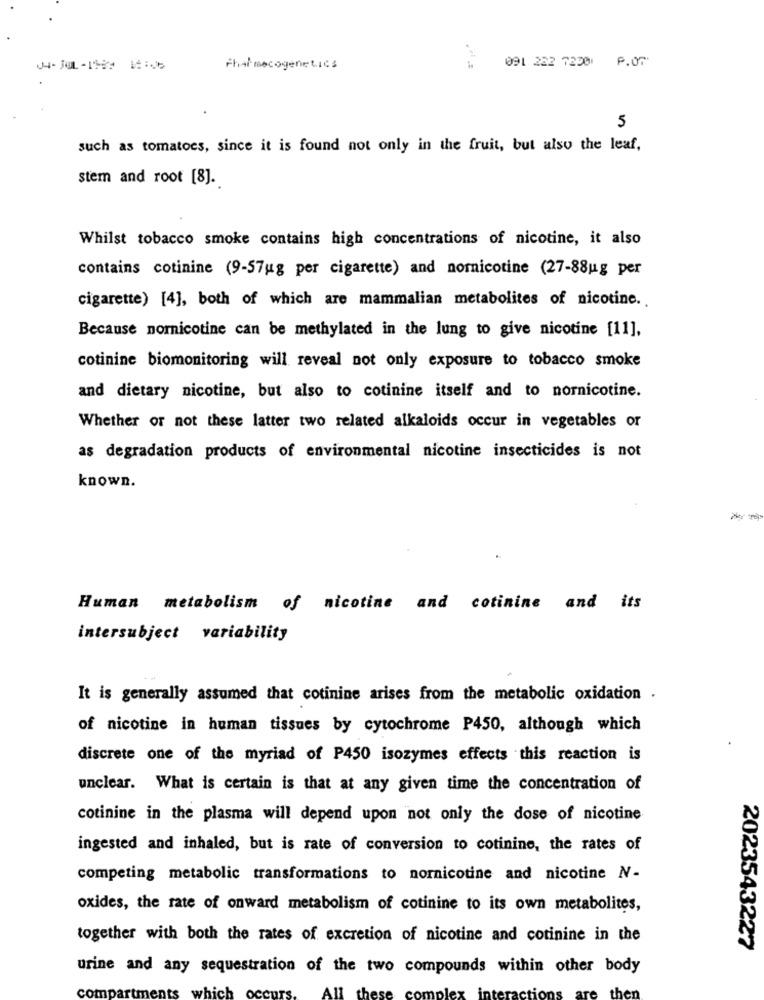
091 282 7250 P.00
Pharmacogenetics
5
such as tomatoes, since it is found not only in the fruit, but also the leaf,
stem and root [8].
Whilst tobacco smoke contains high concentrations of nicotine, it also
contains cotinine (9-57ug per cigarette) and nornicotine (27-88ug per
cigarette) [4], both of which are mammalian metabolites of nicotine ..
Because nornicotine can be methylated in the lung to give nicotine [11],
cotinine biomonitoring will reveal not only exposure to tobacco smoke
and dietary nicotine, but also to cotinine itself and to nornicotine.
Whether or not these latter two related alkaloids occur in vegetables or
as degradation products of environmental nicotine insecticides is not
known.
-
Human metabolism of nicotine and cotinine and its
intersubject variability
It is generally assumed that cotinine arises from the metabolic oxidation .
of nicotine in human tissues by cytochrome P450, although which
discrete one of the myriad of P450 isozymes effects this reaction is
unclear. What is certain is that at any given time the concentration of
cotinine in the plasma will depend upon not only the dose of nicotine
ingested and inhaled, but is rate of conversion to cotinine, the rates of
competing metabolic transformations to nornicotine and nicotine N-
oxides, the rate of onward metabolism of cotinine to its own metabolites,
together with both the rates of excretion of nicotine and cotinine in the
2023543227
urine and any sequestration of the two compounds within other body
cot